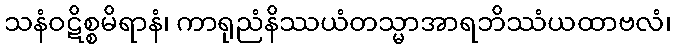
သနံဝဋိစ္စမိရာနံ၊ ကာရုညံနိဿယံတသ္မာအာရဘိဿံယထာဗလံ၊